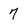
Character: 7